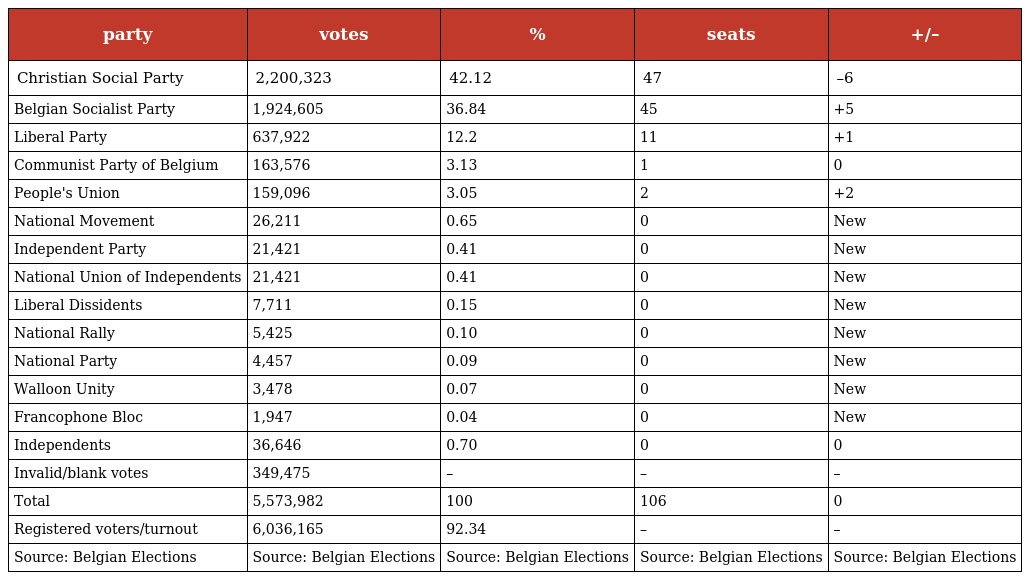
| party | votes | % | seats | +/– |
 | --- | --- | --- | --- | --- |
 | Christian Social Party | 2,200,323 | 42.12 | 47 | –6 |
 | Belgian Socialist Party | 1,924,605 | 36.84 | 45 | +5 |
 | Liberal Party | 637,922 | 12.2 | 11 | +1 |
 | Communist Party of Belgium | 163,576 | 3.13 | 1 | 0 |
 | People's Union | 159,096 | 3.05 | 2 | +2 |
 | National Movement | 26,211 | 0.65 | 0 | New |
 | Independent Party | 21,421 | 0.41 | 0 | New |
 | National Union of Independents | 21,421 | 0.41 | 0 | New |
 | Liberal Dissidents | 7,711 | 0.15 | 0 | New |
 | National Rally | 5,425 | 0.10 | 0 | New |
 | National Party | 4,457 | 0.09 | 0 | New |
 | Walloon Unity | 3,478 | 0.07 | 0 | New |
 | Francophone Bloc | 1,947 | 0.04 | 0 | New |
 | Independents | 36,646 | 0.70 | 0 | 0 |
 | Invalid/blank votes | 349,475 | – | – | – |
 | Total | 5,573,982 | 100 | 106 | 0 |
 | Registered voters/turnout | 6,036,165 | 92.34 | – | – |
 | Source: Belgian Elections | Source: Belgian Elections | Source: Belgian Elections | Source: Belgian Elections | Source: Belgian Elections |